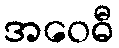
အဝေဓီ